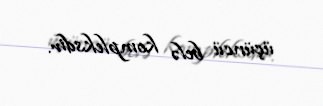
üçüncü belə kompleksdir.